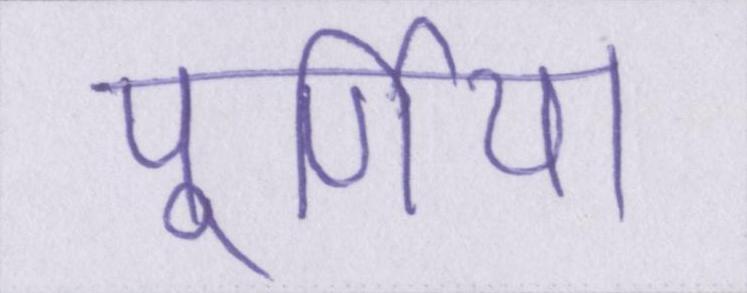
पूर्णिया